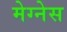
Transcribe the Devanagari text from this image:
मेग्नेस